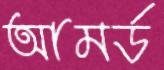
আমর্ড